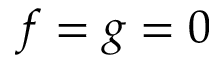
f = g = 0